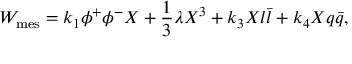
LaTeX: W _ { \mathrm { m e s } } = k _ { 1 } \phi ^ { + } \phi ^ { - } X + \frac { 1 } { 3 } \lambda X ^ { 3 } + k _ { 3 } X l \bar { l } + k _ { 4 } X q \bar { q } ,